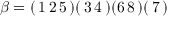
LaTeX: \beta = ( \, 1 \, 2 \, 5 \, ) ( \, 3 \, 4 \, ) ( 6 \, 8 \, ) ( \, 7 \, )